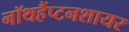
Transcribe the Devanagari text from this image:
नॉथहैंप्टनशायर